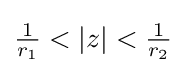
{\tfrac {1}{r_{1}}}<|z|<{\tfrac {1}{r_{2}}}